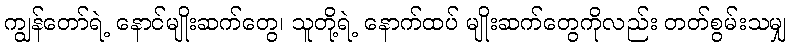
ကျွန်တော်ရဲ့ နောင်မျိုးဆက်တွေ၊ သူတို့ရဲ့ နောက်ထပ် မျိုးဆက်တွေကိုလည်း တတ်စွမ်းသမျှ